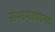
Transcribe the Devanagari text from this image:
सभामंडपातच